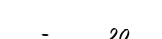
-     20